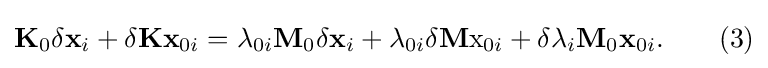
\mathbf {K} _{0}\delta \mathbf {x} _{i}+\delta \mathbf {K} \mathbf {x} _{0i}=\lambda _{0i}\mathbf {M} _{0}\delta \mathbf {x} _{i}+\lambda _{0i}\delta \mathbf {M} \mathrm {x} _{0i}+\delta \lambda _{i}\mathbf {M} _{0}\mathbf {x} _{0i}.\qquad (3)